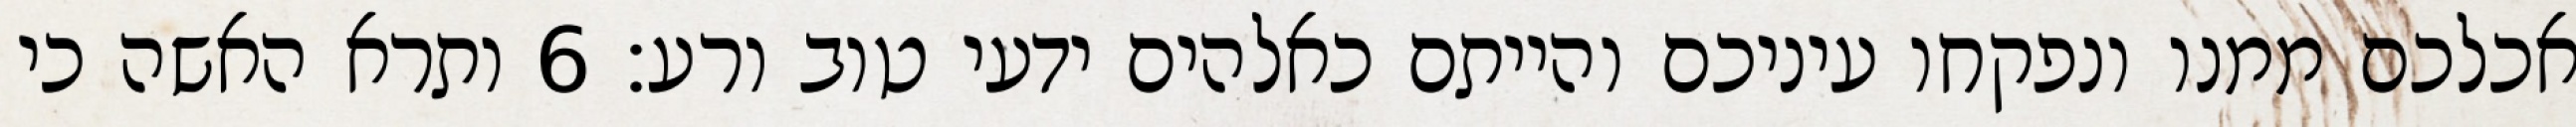
אכלכם ממנו ונפקחו עיניכם והייתם כאלהים ידעי טוב ורע׃ ‎6‏ ותרא האשה כי